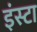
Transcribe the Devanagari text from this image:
इंस्टा